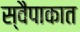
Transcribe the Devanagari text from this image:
स्वैपाकात